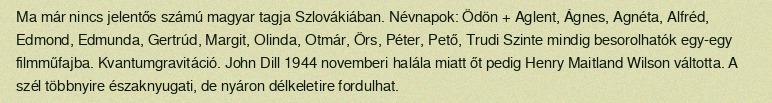
Ma már nincs jelentős számú magyar tagja Szlovákiában. Névnapok: Ödön + Aglent, Ágnes, Agnéta, Alfréd, Edmond, Edmunda, Gertrúd, Margit, Olinda, Otmár, Örs, Péter, Pető, Trudi Szinte mindig besorolhatók egy-egy filmműfajba. Kvantumgravitáció. John Dill 1944 novemberi halála miatt őt pedig Henry Maitland Wilson váltotta. A szél többnyire északnyugati, de nyáron délkeletire fordulhat.